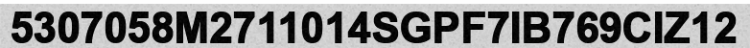
5307058M2711014SGPF7IB769CIZ12